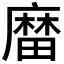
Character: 𪎟